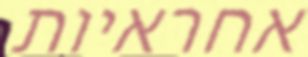
אחראיות